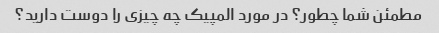
مطمئن شما چطور؟ در مورد المپیک چه چیزی را دوست دارید؟